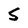
Character: S